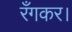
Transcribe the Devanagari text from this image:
रँगकर।